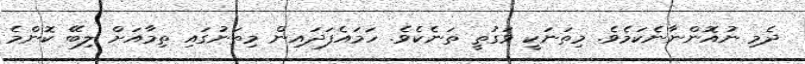
ދެމި ނުއޮންނާނެކަމެވެ. މިތަނަކީ ވަގުތީ ތަނެކެވެ. ހަމައެފަދައިން މިތަނުގައި ތިމާއަށް ލިބޭ ކޮންމެ